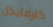
كارمايكل